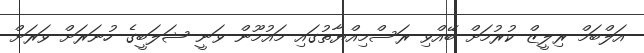
އަލްބަމް ރިލީޒް ކުރުމަށް ބޭއްވި ރަސްމިއްޔާތުގައި މައުމޫން ވަނީ ޝަލަބީގެ ހުނަރަށް ވަރަށް